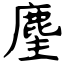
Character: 麈